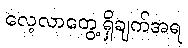
လေ့လာတွေ့ရှိချက်အရ